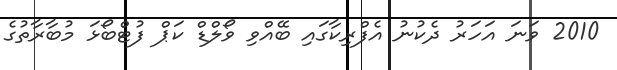
2010 ވަނަ އަހަރު ދެކުނު އެފްރިކާގައި ބޭއްވި ވޯލްޑް ކަޕް ފުޓްބޯޅަ މުބާރާތުގެ